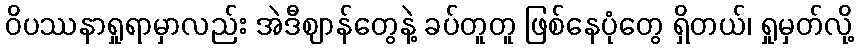
ဝိပဿနာရှုရာမှာလည်း အဲဒီဈာန်တွေနဲ့ ခပ်တူတူ ဖြစ်နေပုံတွေ ရှိတယ်၊ ရှုမှတ်လို့